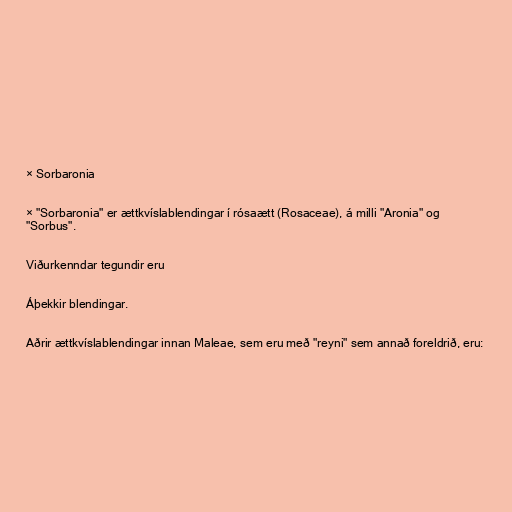
× Sorbaronia

× "Sorbaronia" er ættkvíslablendingar í rósaætt (Rosaceae), á milli "Aronia" og
"Sorbus".

Viðurkenndar tegundir eru

Áþekkir blendingar.

Aðrir ættkvíslablendingar innan Maleae, sem eru með "reyni" sem annað foreldrið, eru: